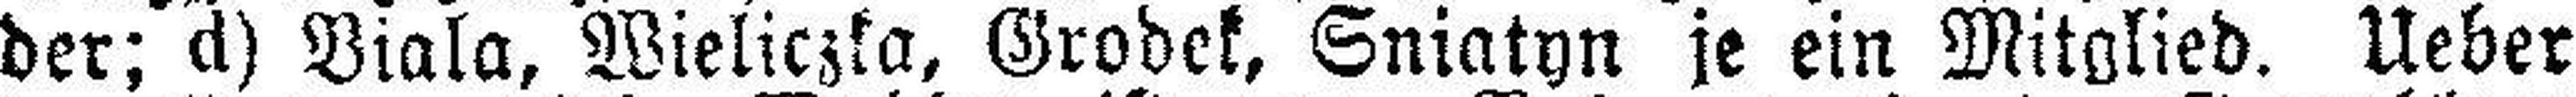
der; d) Viala, Wieliczka, Grobek, Sniatyn je ein Mitglied. Ueber